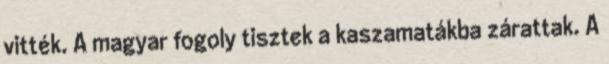
vitték. A magyar fogoly tisztek a kaszamatákba zárattak. A